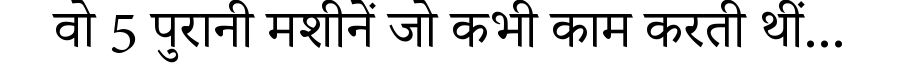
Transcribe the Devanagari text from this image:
वो 5 पुरानी मशीनें जो कभी काम करती थीं...